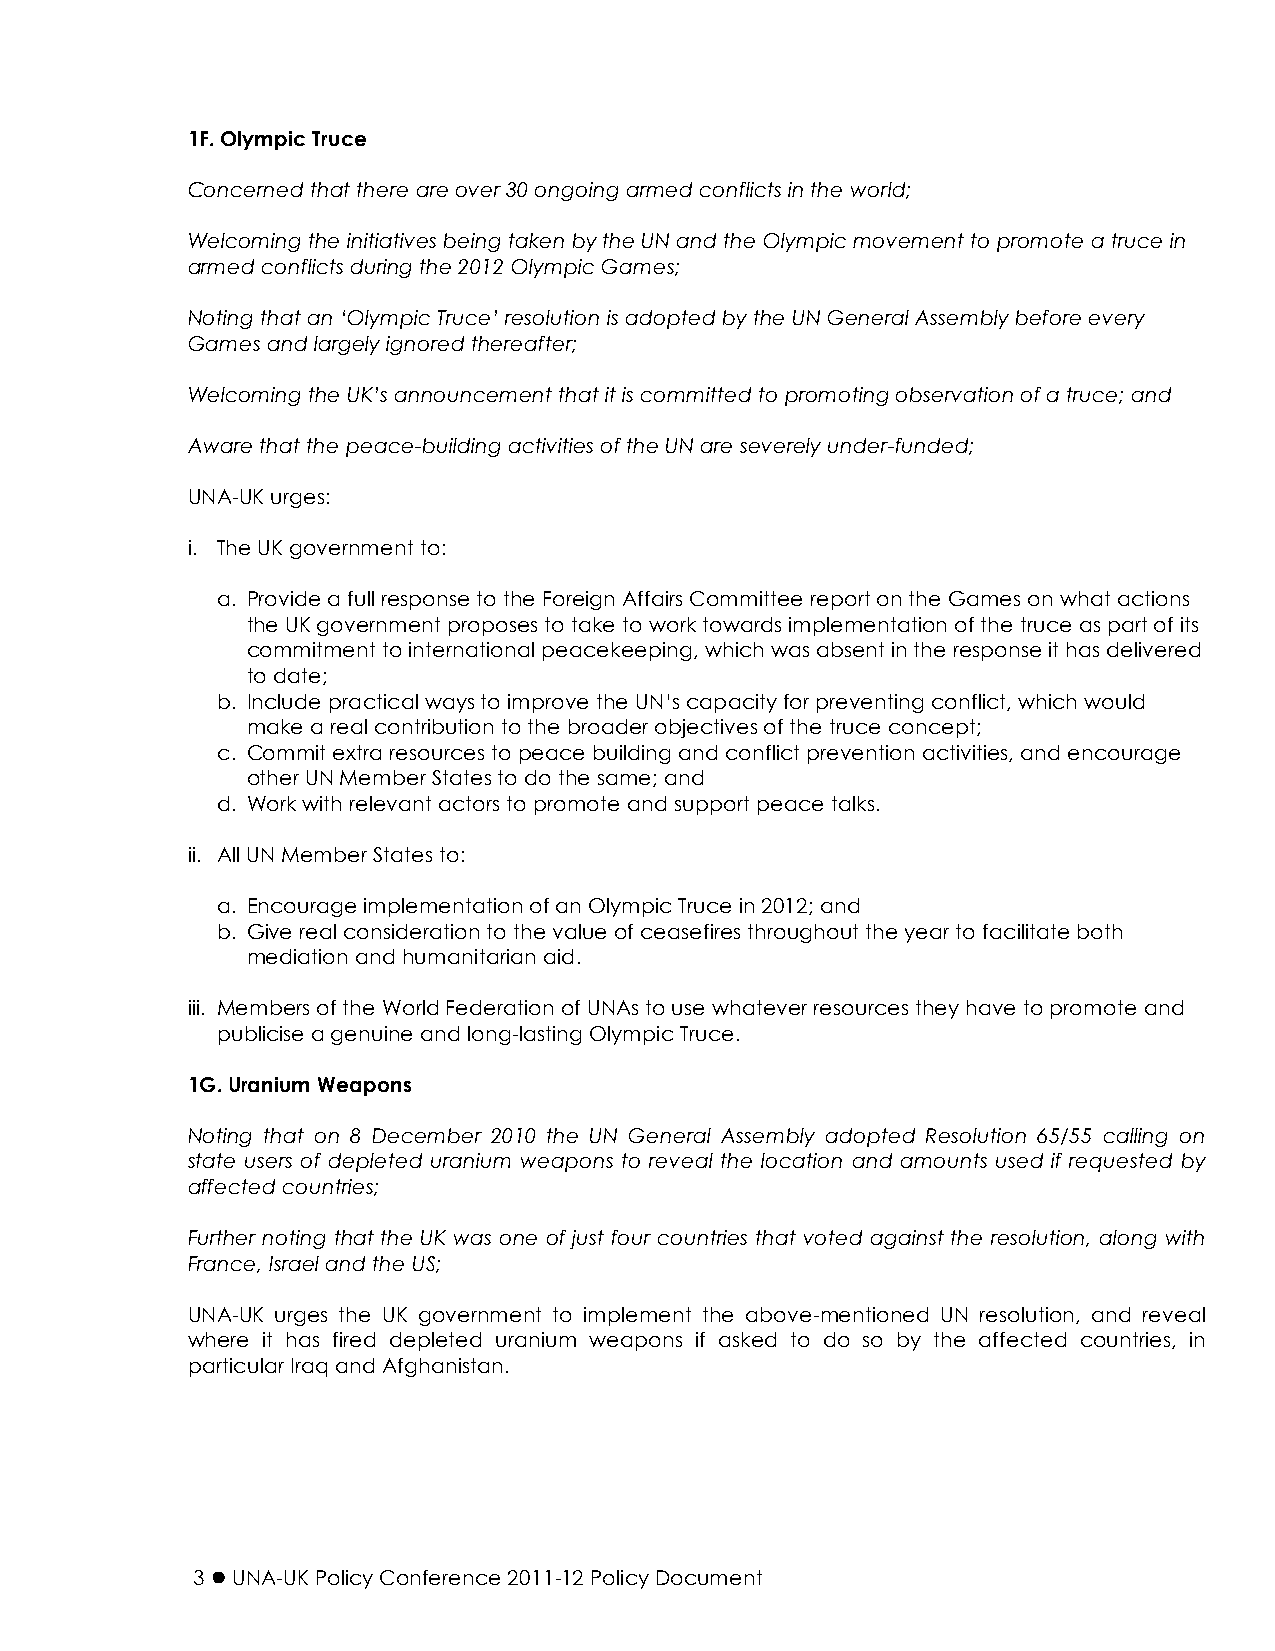
1F. Olympic Truce
 Concerned that there are over 30 ongoing armed conflicts in the world;
 Welcoming the initiatives being taken by the UN and the Olympic movement to promote a truce in
 armed conflicts during the 2012 Olympic Games;
 Noting that an ‘Olympic Truce’ resolution is adopted by the UN General Assembly before every
 Games and largely ignored thereafter;
 Welcoming the UK’s announcement that it is committed to promoting observation of a truce; and
 Aware that the peace-building activities of the UN are severely under-funded;
 UNA-UK urges:
 i. The UK government to:
 a. Provide a full response to the Foreign Affairs Committee report on the Games on what actions
 the UK government proposes to take to work towards implementation of the truce as part of its
 commitment to international peacekeeping, which was absent in the response it has delivered
 to date;
 b. Include practical ways to improve the UN’s capacity for preventing conflict, which would
 make a real contribution to the broader objectives of the truce concept;
 c. Commit extra resources to peace building and conflict prevention activities, and encourage
 other UN Member States to do the same; and
 d. Work with relevant actors to promote and support peace talks.
 ii. All UN Member States to:
 a. Encourage implementation of an Olympic Truce in 2012; and
 b. Give real consideration to the value of ceasefires throughout the year to facilitate both
 mediation and humanitarian aid.
 iii. Members of the World Federation of UNAs to use whatever resources they have to promote and
 publicise a genuine and long-lasting Olympic Truce.
 1G. Uranium Weapons
 Noting that on 8 December 2010 the UN General Assembly adopted Resolution 65/55 calling on
 state users of depleted uranium weapons to reveal the location and amounts used if requested by
 affected countries;
 Further noting that the UK was one of just four countries that voted against the resolution, along with
 France, Israel and the US;
 UNA-UK urges the UK government to implement the above-mentioned UN resolution, and reveal
 where it has fired depleted uranium weapons if asked to do so by the affected countries, in
 particular Iraq and Afghanistan.
 3  UNA-UK Policy Conference 2011-12 Policy Document